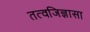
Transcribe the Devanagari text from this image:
तत्वजिज्ञासा